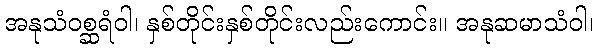
အနုသံဝစ္ဆရံဝါ၊ နှစ်တိုင်းနှစ်တိုင်းလည်းကောင်း။ အနုဆမာသံဝါ၊